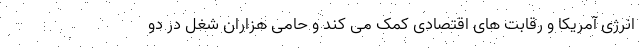
انرژی آمریکا و رقابت های اقتصادی کمک می کند و حامی هزاران شغل در دو